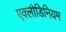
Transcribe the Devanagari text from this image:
एक्लीडिनियम